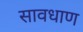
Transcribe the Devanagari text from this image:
सावधाण